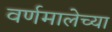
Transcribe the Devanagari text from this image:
वर्णमालेच्या